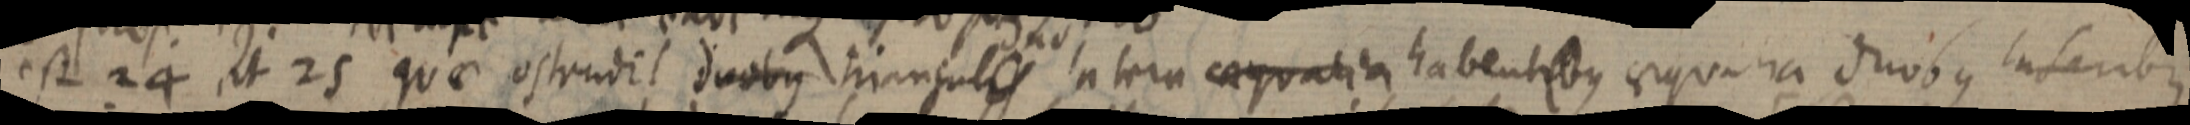
est 24 et 25 quae ostendit duobus triangulis latera aequalia habentibus aequalia duobus lateribus